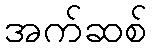
အက်ဆစ်